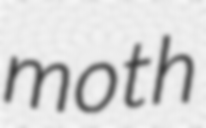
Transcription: moth